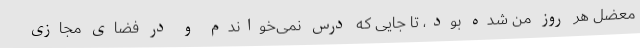
معضل هر روز من شده بود، تا جایی که درس نمی‌خواندم و در فضای مجازی